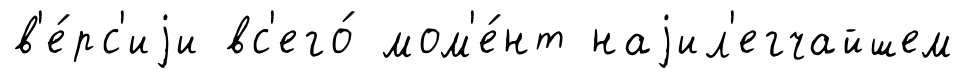
в'е́рс'иjи вс'его́ мом'е́нт наjил'егчайшем